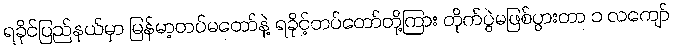
ရခိုင်ပြည်နယ်မှာ မြန်မာ့တပ်မတော်နဲ့ ရခိုင့်တပ်တော်တို့ကြား တိုက်ပွဲမဖြစ်ပွားတာ ၁ လကျော်